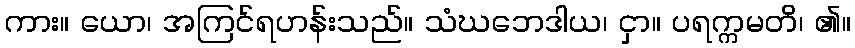
ကား။ ယော၊ အကြင်ရဟန်းသည်။ သံဃဘေဒါယ၊ ငှာ။ ပရက္ကမတိ၊ ၏။